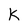
Character: k